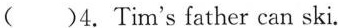
( )4. Tim's father can ski.